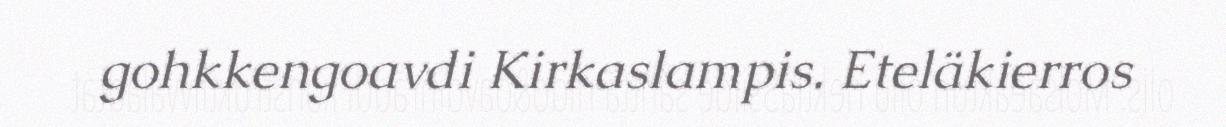
gohkkengoavdi Kirkaslampis. Eteläkierros